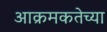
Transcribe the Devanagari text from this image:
आक्रमकतेच्या